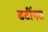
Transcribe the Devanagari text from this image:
ढटींगरा